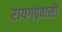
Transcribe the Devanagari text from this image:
रायगढ़वासी